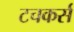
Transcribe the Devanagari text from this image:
टचकर्स